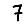
Digit: 7